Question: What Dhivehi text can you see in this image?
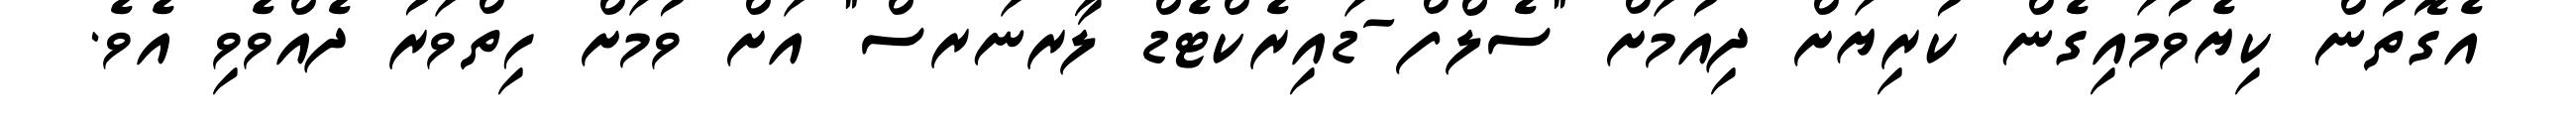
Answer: އެގޮތުން ކިޔެވުމައިގެން ކުރިޔަށް ދިއުމަށް "ސެލްފް-ޑައިރެކްޓެޑް ލާރނަރސް" އަށް ވުމަށް ހިތްވަރު ދެއްވެވި އެވެ.